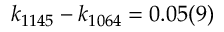
k _ { 1 1 4 5 } - k _ { 1 0 6 4 } = 0 . 0 5 ( 9 )